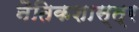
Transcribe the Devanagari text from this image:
नैतिकशास्त्र